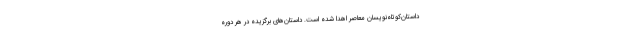
داستان‌کوتاه‌نویسان معاصر اهدا شده است. داستان‌های برگزیده در هر دوره